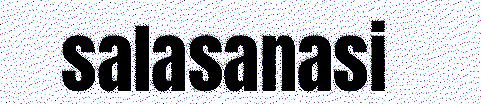
salasanasi